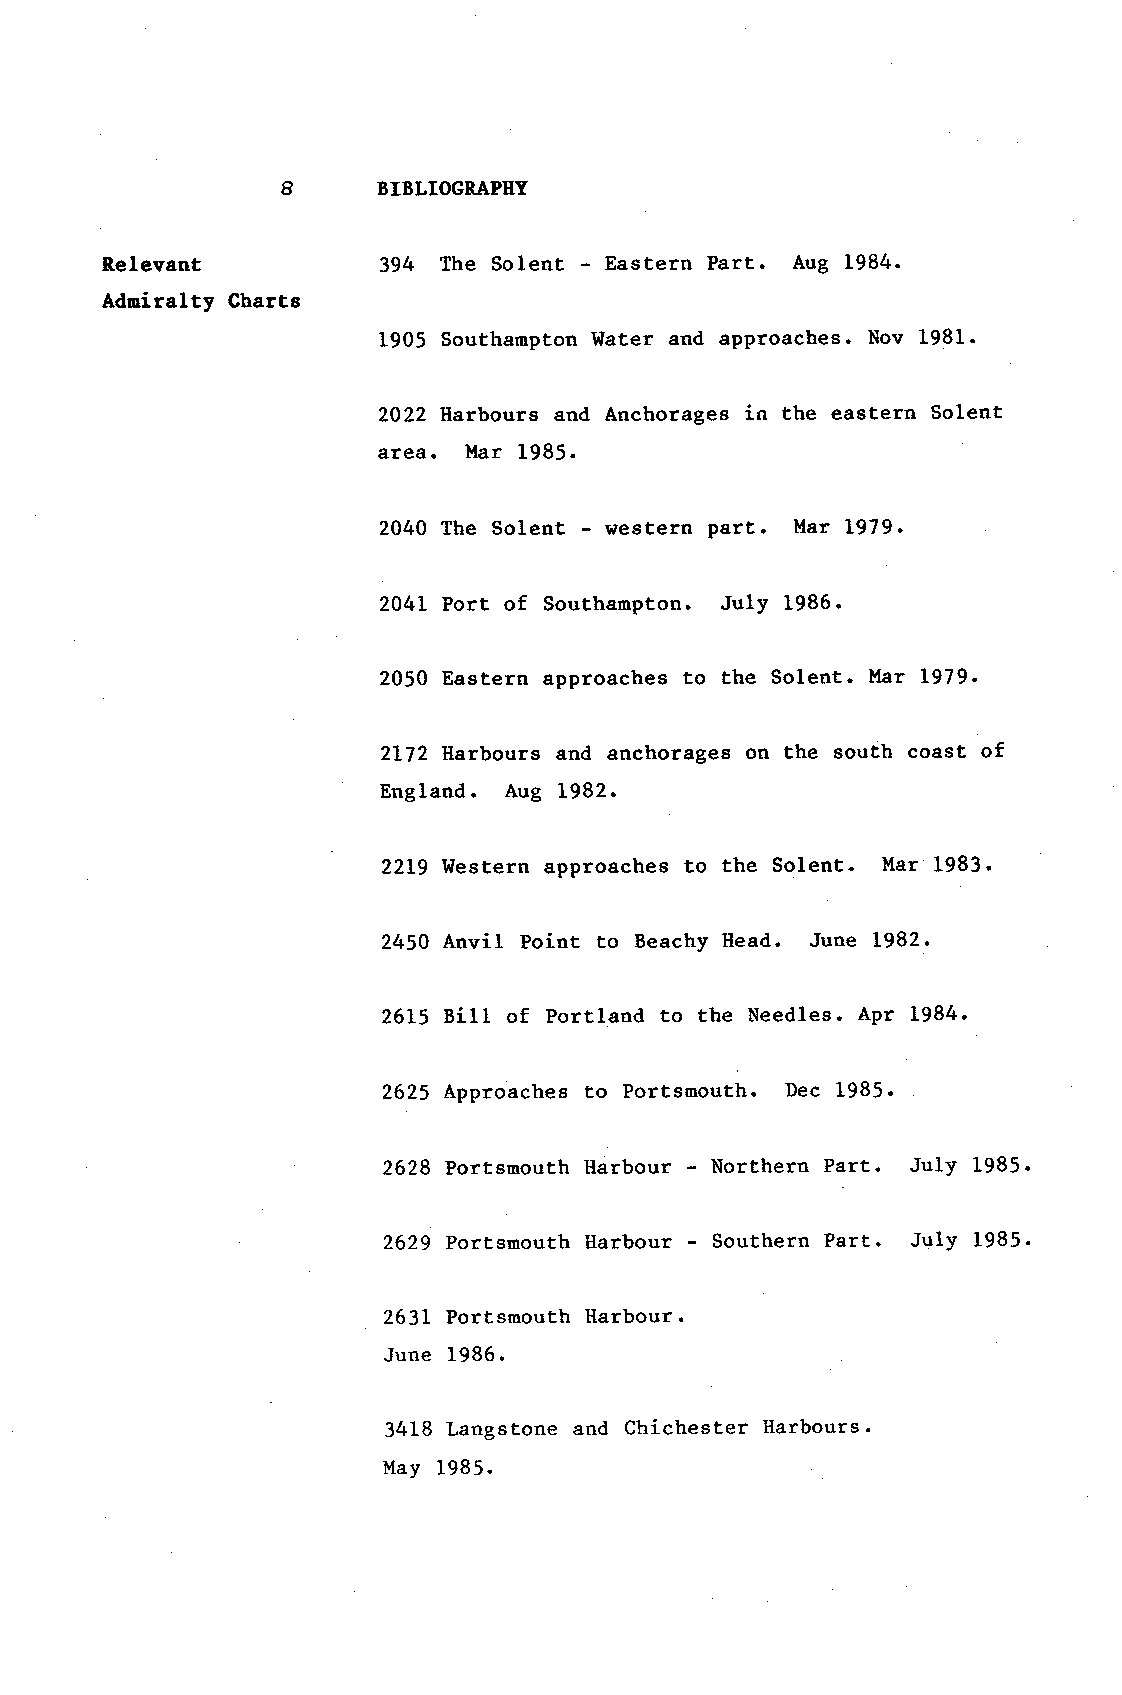
8     BIBLIOGRAPHY
 Relevant          394 The Solent - Eastern Part. Aug 1984.
 Adniralty Charte
 1905 Southampton l{ater and approaches. Nov 1981-
 2022 Harbours and Anchorages in the eastern Solent
 area. l,lar 1985.
 2040 The Solent - western part. Mar 1979.
 2041 Port of Southampton. July 1986.
 2050 Eastern approaches to the Solent. l'Iar L979.
 2L72 Harbours and anchorages on the south coast of
 England. Aug L982.
 2219 Western approaches to the Solent. Mar 1983.
 2450 Anvil Point to Beachy llead. June 1982.
 2615 Bill of Portland to the Needles. Apr 1984.
 2625 Lpproaches to Portsmouth. Dec 1985.
 2628 Pottsmouth l{arbour - Northern Part. July 1985.
 2629 Pottsmouth llarbour - Southern Part. July 1985.
 2631 Portsmouth llarbour.
 June 1986.
 3418 Langstone and Chichester l{arbours.
 Mav 1985.